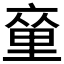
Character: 𨤫